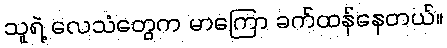
သူရဲ့ လေသံတွေက မာကြော ခက်ထန်နေတယ်။